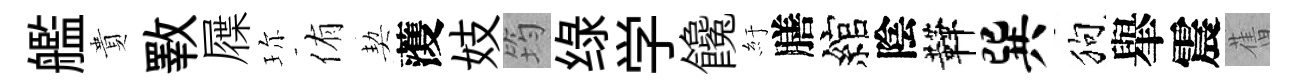
艦貴斁屧珎侑契𮑮妓筠绿学饞紆膳綰陰鞾巽狗𦦙震𦾔